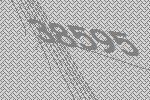
38595